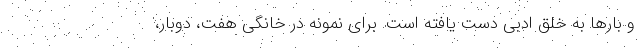
و بارها به خلق ادبی دست یافته است. برای نمونه در خانگی هفت، دوبار،